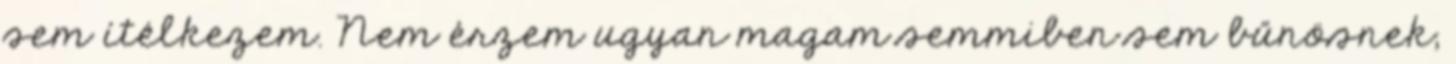
sem ítélkezem. Nem érzem ugyan magam semmiben sem bűnösnek,